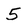
Character: 5